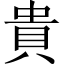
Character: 貴